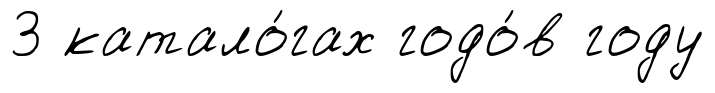
3 катало́гах годо́в году